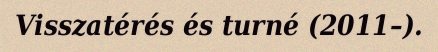
Visszatérés és turné (2011–).